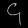
Digit: ၄